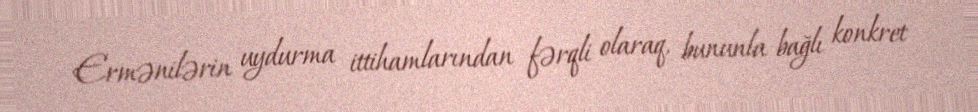
Ermənilərin uydurma ittihamlarından fərqli olaraq, bununla bağlı konkret